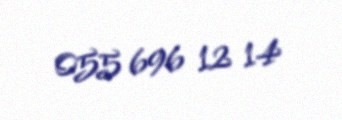
055 696 12 14